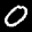
Label: 0